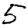
Digit: 5